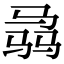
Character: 骉